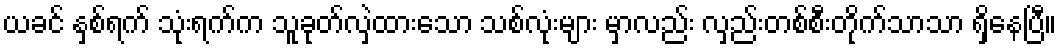
ယခင် နှစ်ရက် သုံးရက်က သူခုတ်လှဲထားသော သစ်လုံးများ မှာလည်း လှည်းတစ်စီးတိုက်သာသာ ရှိနေပြီ။